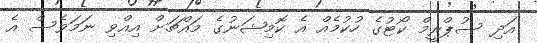
އަދި ސުޕްރީމް ކޯޓުގެ ހުކުމެއް އެ ކޮމިޝަނުގެ މައްޗަށް އިއްވި ނަމަވެސް އެ